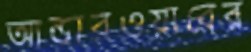
আন্ডারওয়ারের